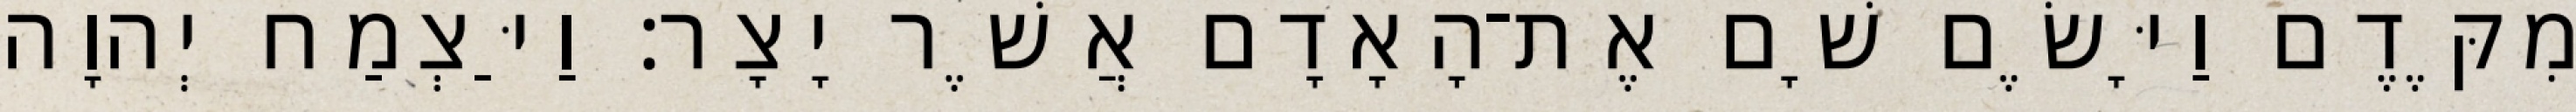
מִקֶּדֶם וַיָּשֶׂם שָׁם אֶת־הָאָדָם אֲשֶׁר יָצָר׃ וַיַּצְמַח יְהוָה